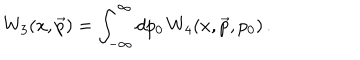
W _ { 3 } ( x , \vec { p } ) = \int _ { - \infty } ^ { \infty } d p _ { 0 } \, W _ { 4 } ( x , \vec { p } , p _ { 0 } ) \, .